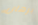
برهان